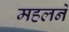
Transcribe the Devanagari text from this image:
महलने